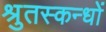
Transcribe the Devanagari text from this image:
श्रुतस्कन्धों